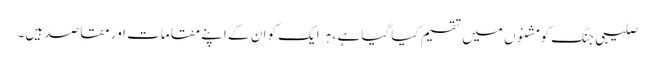
صلیبی جنگ کو مشنوں میں تقسیم کیا گیا ہے ، ہر ایک کو ان کے اپنے مقامات اور مقاصد ہیں۔